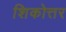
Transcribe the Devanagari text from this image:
शिकोत्तर